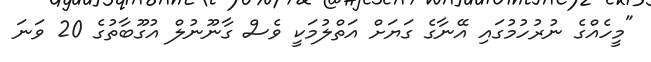
"މީހެއްގެ ނުރުހުމުގައި އޭނާގެ ގަޔަށް އަތްލުމަކީ ވެސް ގާނޫނުލް އުގޫބާތުގެ 20 ވަނަ